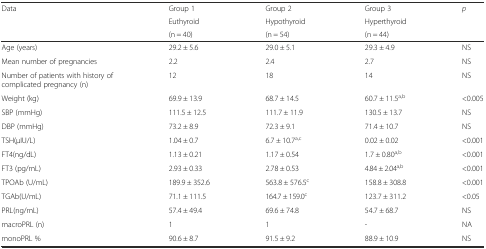
| <ROWSPAN=3> Data | Group 1 | Group 2 | Group 3 | <ROWSPAN=3> p |
 | Euthyroid | Hypothyroid | Hyperthyroid |
 | (n = 40) | (n = 54) | (n = 44) |
 | --- | --- | --- | --- | --- |
 | Age (years) | 29.2 ± 5.6 | 29.0 ± 5.1 | 29.3 ± 4.9 | NS |
 | Mean number of pregnancies | 2.2 | 2.4 | 2.7 | NS |
 | Number of patients with history of complicated pregnancy (n) | 12 | 18 | 14 | NS |
 | Weight (kg) | 69.9 ± 13.9 | 68.7 ± 14.5 | 60.7 ± 11.5a,b | <0.005 |
 | SBP (mmHg) | 111.5 ± 12.5 | 111.7 ± 11.9 | 130.5 ± 13.7 | NS |
 | DBP (mmHg) | 73.2 ± 8.9 | 72.3 ± 9.1 | 71.4 ± 10.7 | NS |
 | TSH(μIU/L) | 1.04 ± 0.7 | 6.7 ± 10.7a,c | 0.02 ± 0.02 | <0.001 |
 | FT4(ng/dL) | 1.13 ± 0.21 | 1.17 ± 0.54 | 1.7 ± 0.80a,b | <0.001 |
 | FT3 (pg/mL) | 2.93 ± 0.33 | 2.78 ± 0.53 | 4.84 ± 2.04a,b | <0.001 |
 | TPOAb (U/mL) | 189.9 ± 352.6 | 563.8 ± 576.5c | 158.8 ± 308.8 | <0.001 |
 | TGAb(U/mL) | 71.1 ± 111.5 | 164.7 ± 159.0c | 123.7 ± 311.2 | <0.05 |
 | PRL(ng/mL) | 57.4 ± 49.4 | 69.6 ± 74.8 | 54.7 ± 68.7 | NS |
 | macroPRL (n) | 1 | 1 | - | NA |
 | monoPRL % | 90.6 ± 8.7 | 91.5 ± 9.2 | 88.9 ± 10.9 | NS |